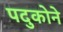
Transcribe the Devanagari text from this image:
पदुकोने